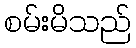
စမ်းမိသည်